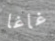
غاغا